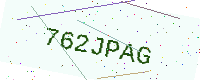
Text: 762JPAG